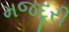
મજદૂરી